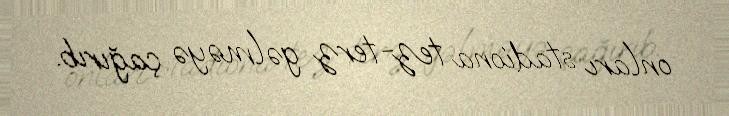
onları stadiona tez-terz gəlməyə çağırıb.